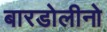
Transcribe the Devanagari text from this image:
बारडोलीनो